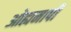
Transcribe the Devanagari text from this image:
ओह्ममापी